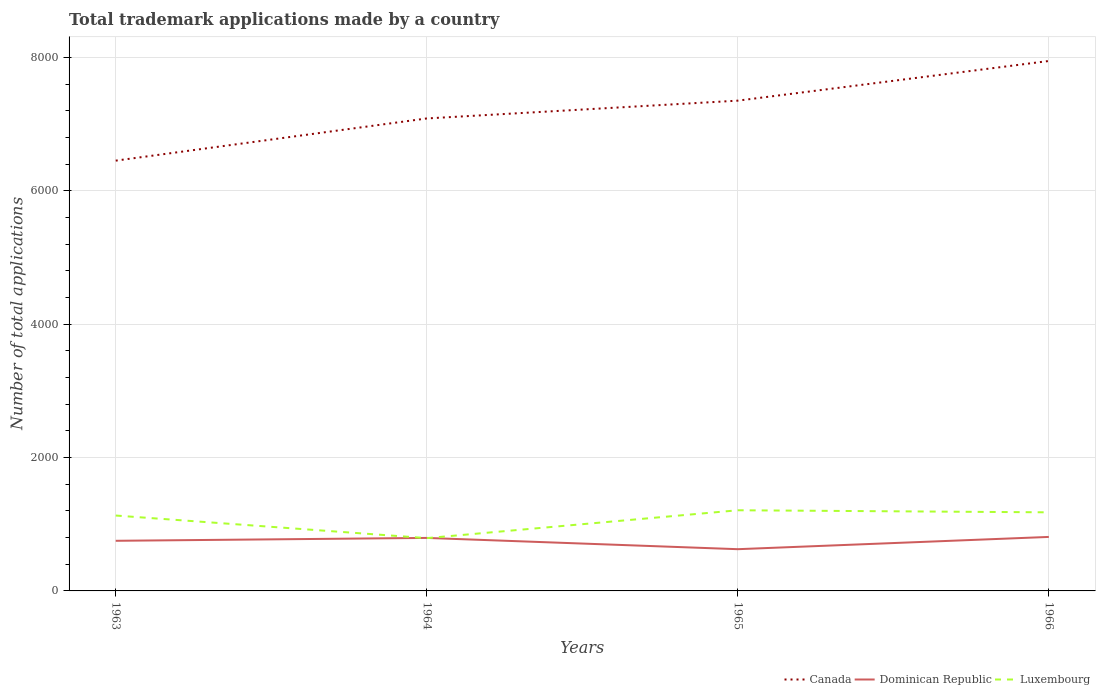
| Years | Canada | Dominican Republic | Luxembourg |
 | --- | --- | --- | --- |
 | 1963 | 6.46e+03 | 752 | 1.13e+03 |
 | 1964 | 7.09e+03 | 795 | 792 |
 | 1965 | 7.36e+03 | 626 | 1.21e+03 |
 | 1966 | 7.95e+03 | 810 | 1.18e+03 |